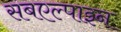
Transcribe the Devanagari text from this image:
सबएल्पाइन